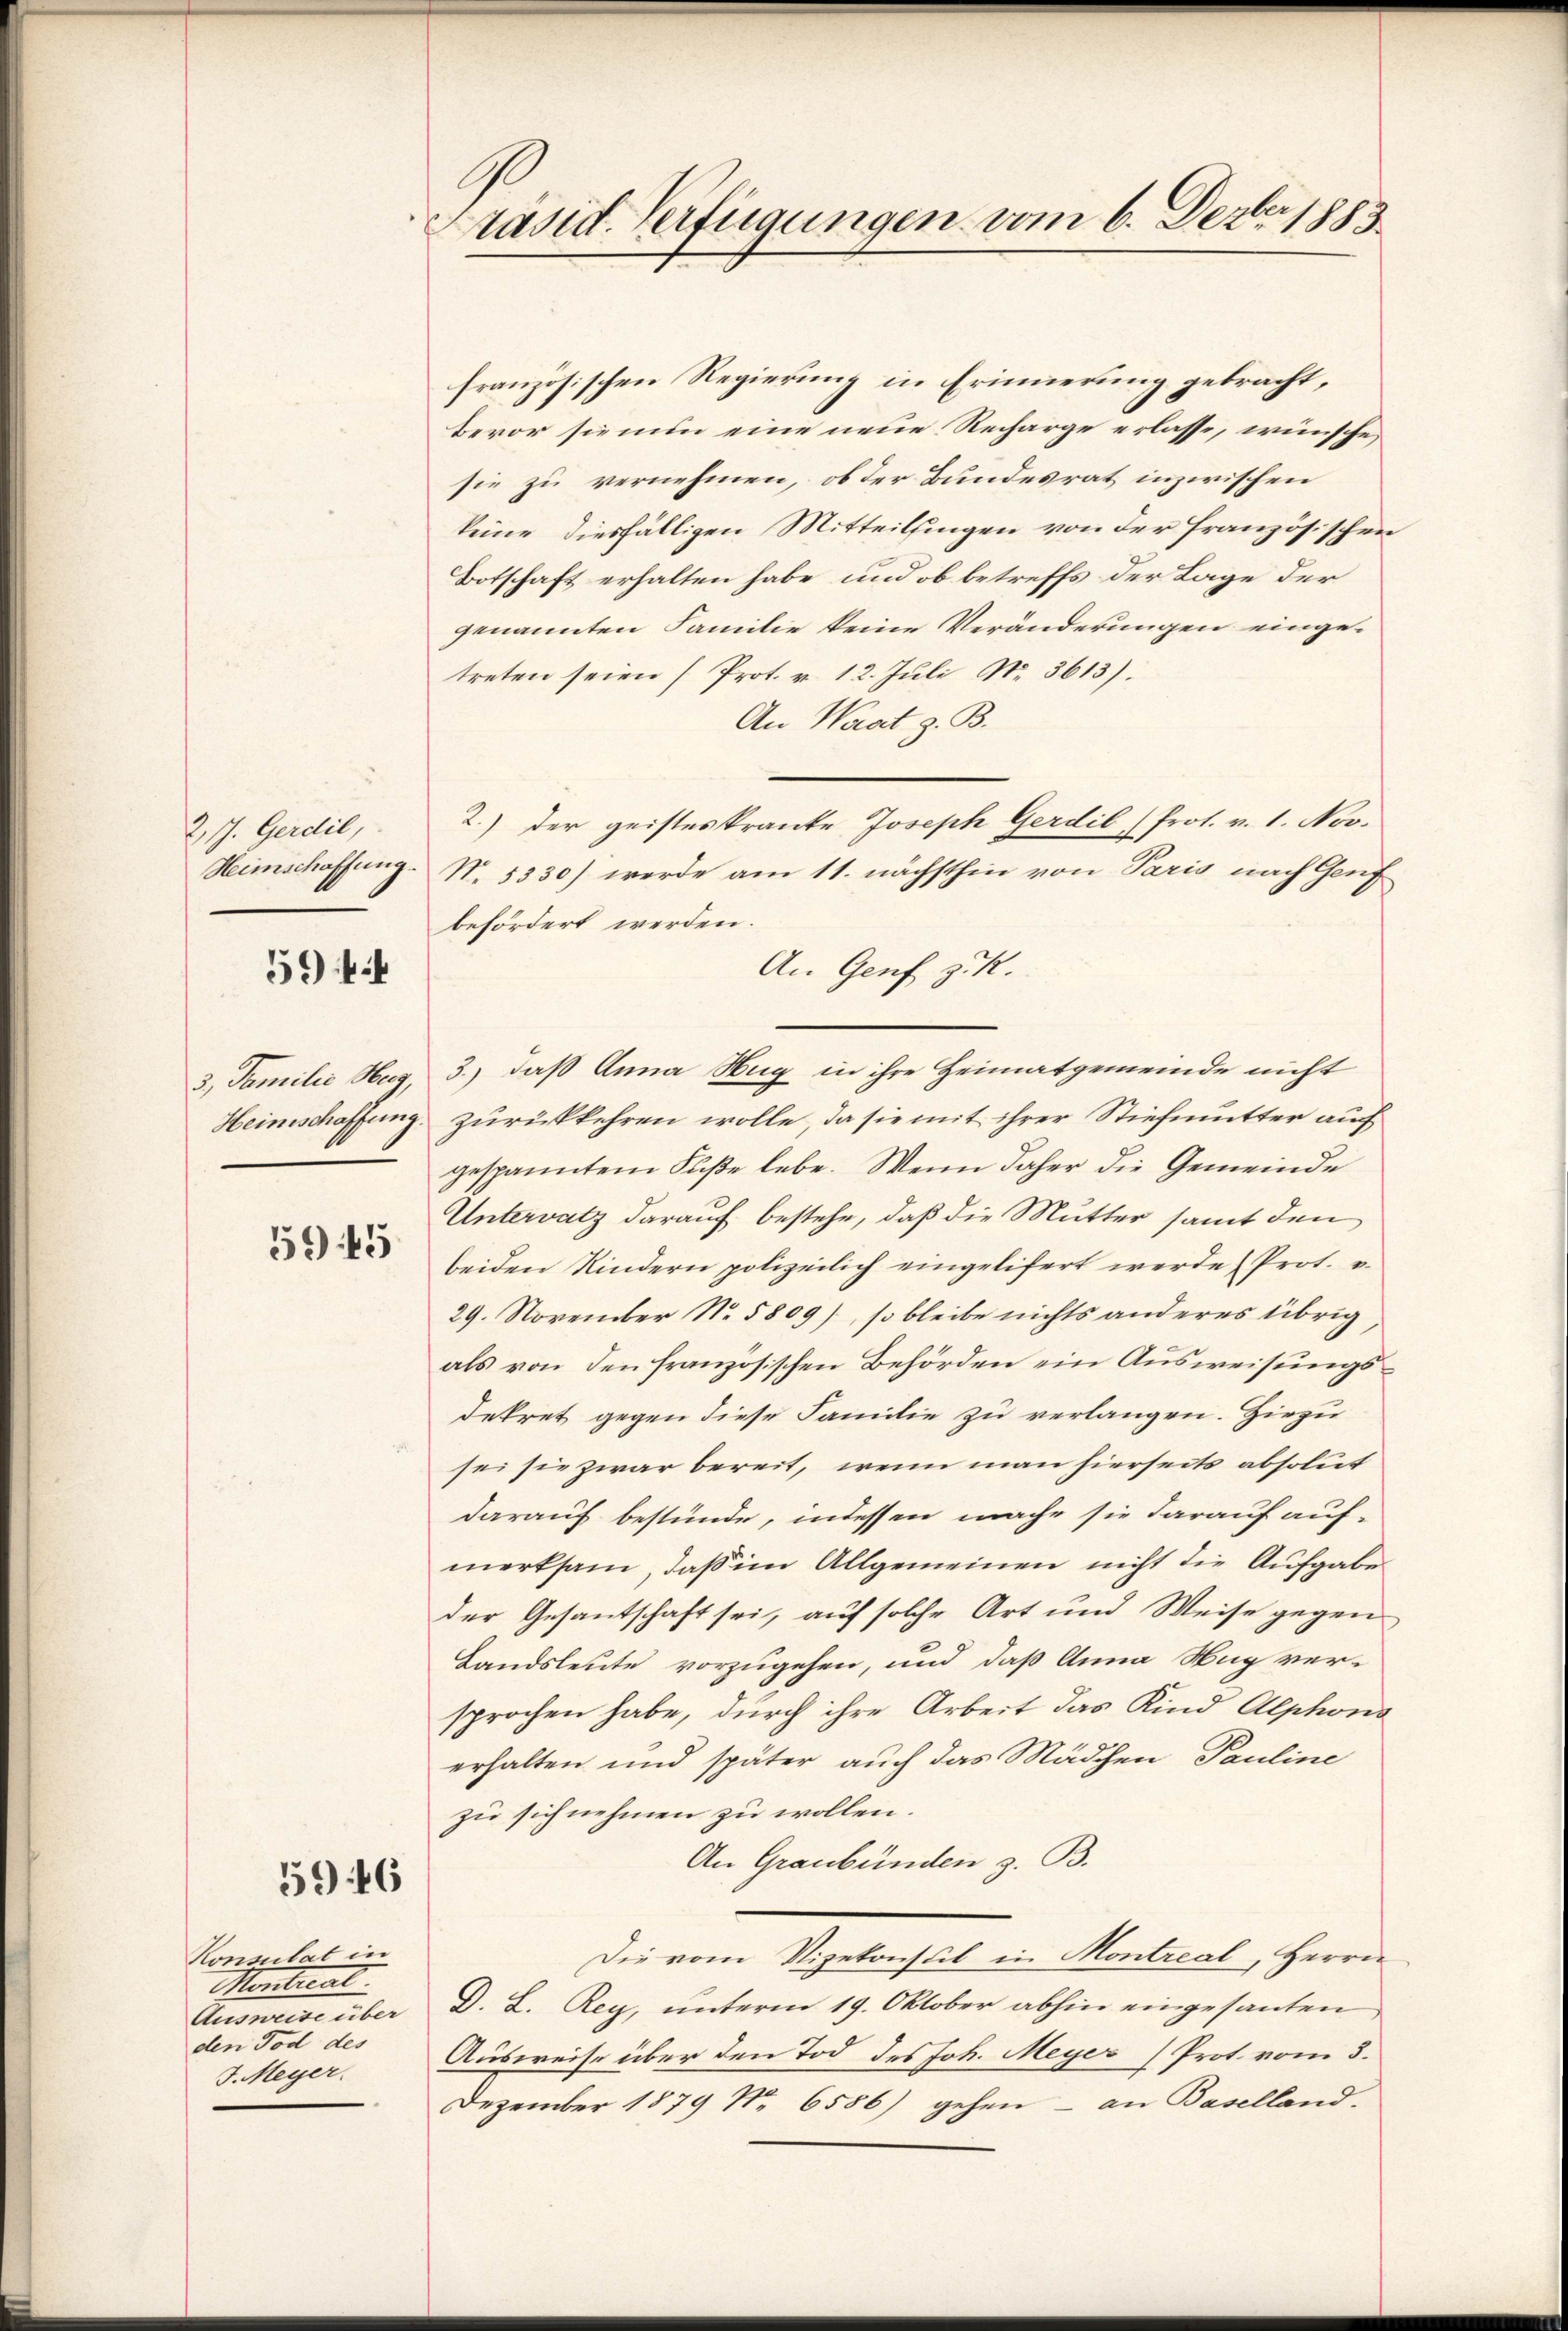
2. 17. Gerdil
Heimschaffung.

5944

3, Familie Hug,
Heimschaffung.

5945

5946

Konsulat in
Montral
Ausweise über
den Tod des
J. Meyer.

.
Präsid. Verfügungen vom 6. Dezbr 1883.

französischen Regierung in Erinnerung gebracht,
bevor sie nun eine neue Recharge erlasse, wünsche
sie zu vernehmen, ob der Bundesrat inzwischen
keine diesfälligen Mitteilsingen von der französischen
Botschaft erhalten habe und ob betreffs der Lage der
genannten Familie keine Veränderungen eingetreten seien (Prot. v. 12. Juli No. 3613).
An Waat z. B.
2.) Der geisteskranke Joseph Gerdil (Prot. v. 1. Nov.
N. 5330) werde am 11. nächsthin von Paris nach Genf
befördert werden.
An Genf z. R.
3.) daß Anna Hug in ihre Heimatgemeinde nicht
zurückkehren wolle, da sie mit ihrer Stiefmutter auch
gespanntem Füβe lebe. Wenn daher die Gemeinde
Untervatz darauf bestehe, daß die Mutter samt den
beiden Kindern polizeilich eingelifert werde (Prot.
29. November No. 5809), so bleibe nichts anderes übrig,
als von den französischen Behörden ein Ausweisungsdekret gegen diese Familie zu verlangen. Hiezu
sei sie zwar bereit, wenn man hierseits absolut
darauf bestünde, indessen mache sie darauf auf-
merksam, daß im Allgemeinen nicht die Aufgabe
der Gesantschaft sei, auf solche Art und Weise gegen
Landsleute vorzugehen, und daß Anna Hug ver-
sprochen habe, durch ihre Arbeit das Kind Alphons
erhalten und später auch das Mädchen Pauline
zu sich nehmen zu wollen.
An Graubünden z. B.
Die vom Vizekonsul in Montreal, Herrn
D. S. Rey, unterm 19. Oktober abhin eingesanten
Ausweise über den Tod des Joh. Meyer (Prot. vom 3.
Dezember 1879 No 6586) gehen – an Baselland-